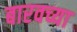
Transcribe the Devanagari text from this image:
बारवच्या